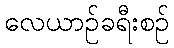
လေယာဉ်ခရီးစဉ်